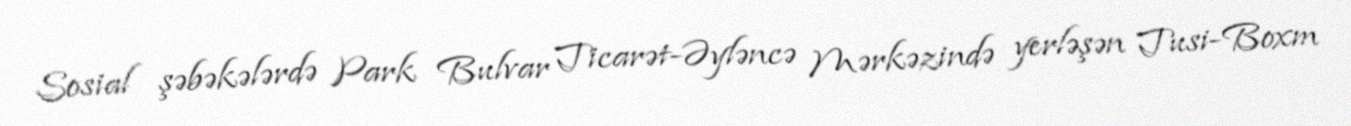
Sosial şəbəkələrdə Park Bulvar Ticarət-Əyləncə Mərkəzində yerləşən Tusi-Boxm